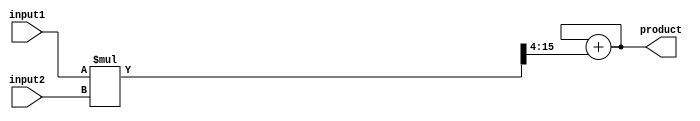
module fixed_point_multiplier (
    input [7:0] input1,
    input [7:0] input2,
    output reg [15:0] product
);

reg [15:0] partial_product;
reg [3:0] scaling_factor = 4; // Assuming a scaling factor of 2^4 for fixed-point representation

always @* begin
    partial_product = input1 * input2 >> scaling_factor; // Perform fixed-point multiplication with scaling factor
end

always @* begin
    product = product + partial_product; // Accumulate partial products using fixed-point adder
end

endmodule